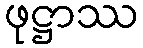
ဖုဋ္ဌာဿ